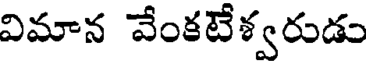
విమాన వేంకటేశ్వరుడు